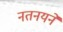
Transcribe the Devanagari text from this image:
नतनयने